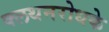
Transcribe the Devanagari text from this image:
क्लथनरोधके